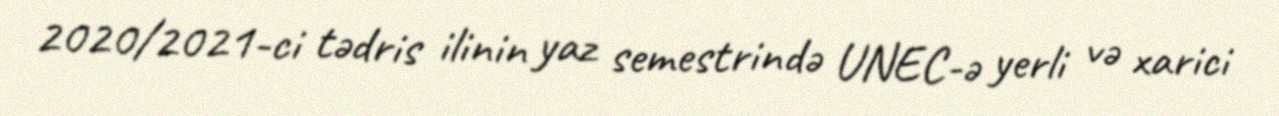
2020/2021-ci tədris ilinin yaz semestrində UNEC-ə yerli və xarici